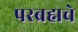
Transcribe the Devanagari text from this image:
परब्रह्मचे